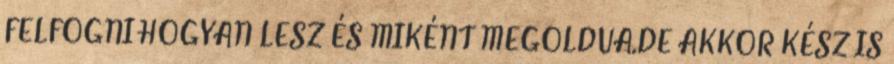
FELFOGNI HOGYAN LESZ ÉS MIKÉNT MEGOLDVA.DE AKKOR KÉSZ IS